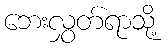
ဘေးလွှတ်ရာသို့